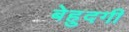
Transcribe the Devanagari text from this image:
बेहुदगी